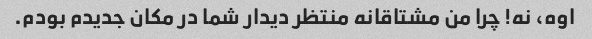
اوه، نه! چرا من مشتاقانه منتظر دیدار شما در مکان جدیدم بودم.